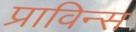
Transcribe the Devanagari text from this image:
प्राविन्स